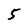
Character: 5